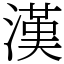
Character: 漢